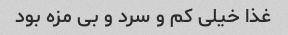
غذا خیلی کم و سرد و بی مزه بود